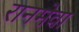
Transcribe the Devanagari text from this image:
रानमेवा